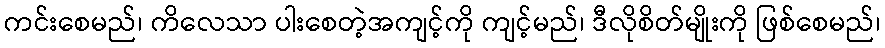
ကင်းစေမည်၊ ကိလေသာ ပါးစေတဲ့အကျင့်ကို ကျင့်မည်၊ ဒီလိုစိတ်မျိုးကို ဖြစ်စေမည်၊